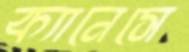
ক্যানেসে